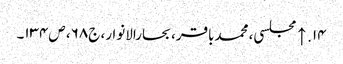
۱۴. ↑ مجلسی، محمدباقر، بحارالانوار، ج۶۸، ص۱۳۴۔